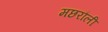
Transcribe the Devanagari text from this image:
मछरौली